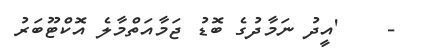
-    'އީދު ނަމާދުގެ ބޮޑު ޖަމާއަތްމާލެ އޮކްޓޫބަރު